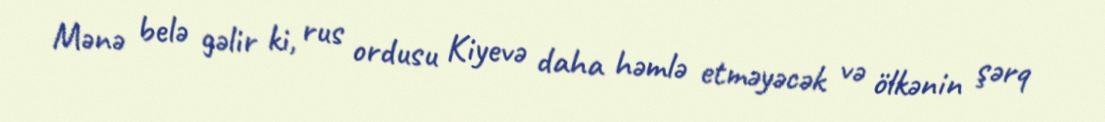
Mənə belə gəlir ki, rus ordusu Kiyevə daha həmlə etməyəcək və ölkənin şərq